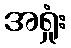
အရှုံး